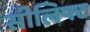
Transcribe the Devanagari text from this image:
सीलिफ्ट